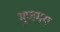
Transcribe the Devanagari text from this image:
मुणमय